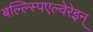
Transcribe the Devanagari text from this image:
बल्ल्स्पिएल्वेरेइन्